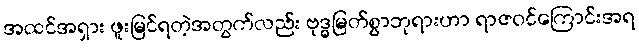
အထင်အရှား ဖူးမြင်ရတဲ့အတွက်လည်း ဗုဒ္ဓမြတ်စွာဘုရားဟာ ရာဇဝင်ကြောင်းအရ